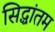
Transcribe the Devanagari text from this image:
सिद्धांतम